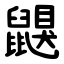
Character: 鼳